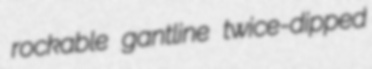
rockable gantline twice-dipped